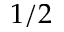
1 / 2